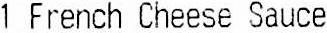
1 FRENCH CHEESE SAUCE